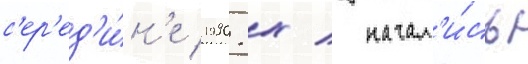
с'ер'ед'и́н'е 1990-х / начал'и́сь